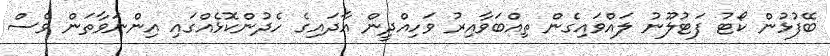
ބޭފުޅުން ކޯޓު ފަޓުލޫނު ލައްވައިގެން ތިއްބަވާއިރު ވަހިއްދީން އާދައިގެ ހެދުންކޮޅެއްގައި އިންނަވާތަން ވެސް